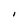
Character: I